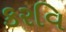
કરવિ